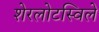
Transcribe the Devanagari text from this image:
शेरलोटस्विले